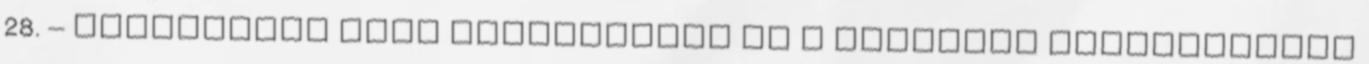
28. – Veresfalvi Imre szentléleki őr a haldokló megbízásából